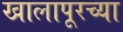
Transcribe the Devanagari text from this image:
खालापूरच्या